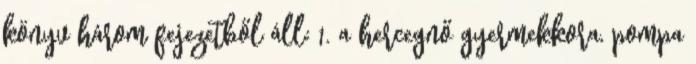
könyv három fejezetből áll: 1. a hercegnő gyermekkora, pompa